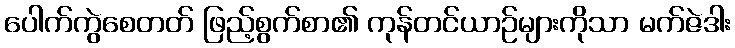
ပေါက်ကွဲစေတတ် ဖြည့်စွက်စာ၏ ကုန်တင်ယာဉ်များကိုသာ မက်ဇဲဒါး